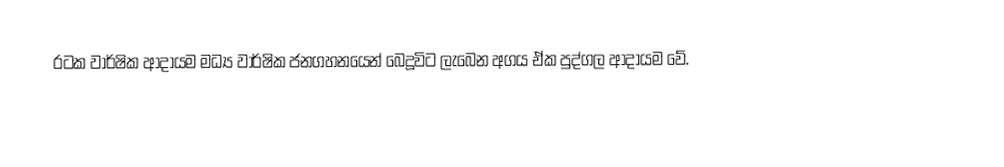
රටක වාර්ෂික ආදායම මධ්‍ය වාර්ෂික ජනගහනයෙන් බෙදූවිට ලැබෙන අගය ඒක පුද්ගල ආදායම වේ.